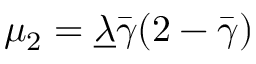
\mu _ { 2 } = { \underline { { \lambda } } \bar { \gamma } } { ( 2 - \bar { \gamma } ) }